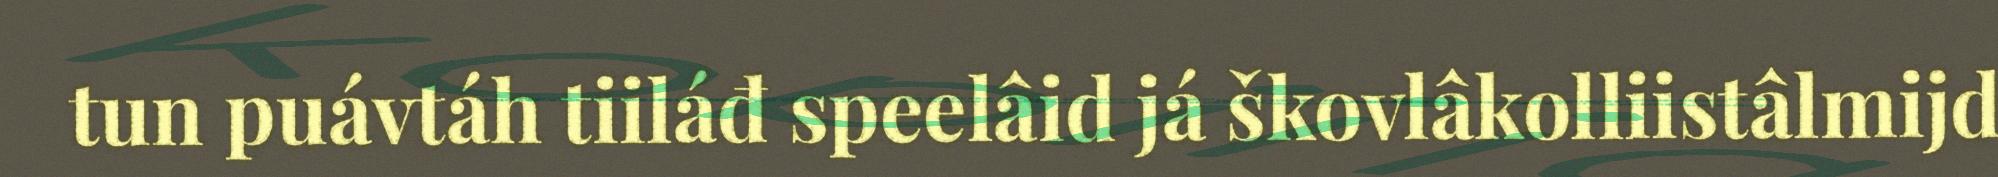
tun puávtáh tiiláđ speelâid já škovlâkolliistâlmijd